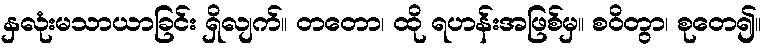
နှလုံးမသာယာခြင်း ရှိလျက်။ တတော၊ ထို ရဟန်းအဖြစ်မှ။ စဝိတွာ၊ စုတေ၍။